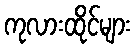
ကုလားထိုင်များ